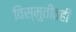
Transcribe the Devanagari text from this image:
विस्मुतीतही